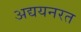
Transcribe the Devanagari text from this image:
अद्ययनरत